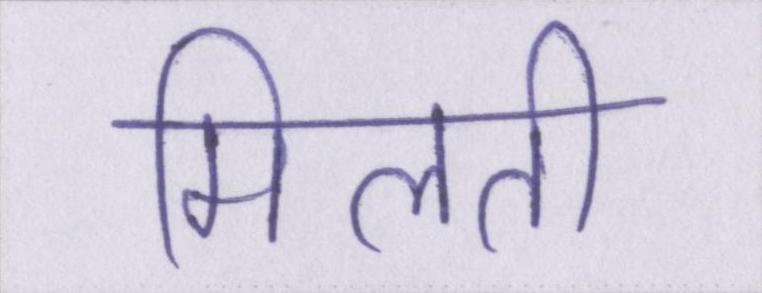
मिलती